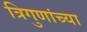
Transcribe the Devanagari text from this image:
त्रिगुणांच्या